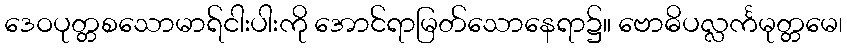
ဒေဝပုတ္တစသောမာရ်ငါးပါးကို အောင်ရာမြတ်သောနေရာ၌။ ဗောဓိပလ္လင်္ကမုတ္တမေ၊